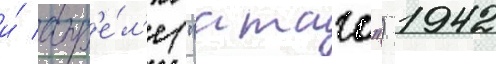
и́ апр'е́л'е ("атаго") 1942